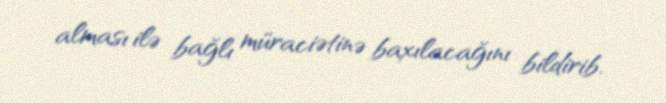
alması ilə bağlı müraciətinə baxılacağını bildirib.